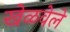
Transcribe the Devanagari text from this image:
खेळवेले